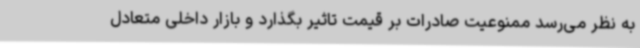
به نظر می‌رسد ممنوعیت صادرات بر قیمت تاثیر بگذارد و بازار داخلی متعادل